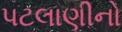
પટલાણીનો